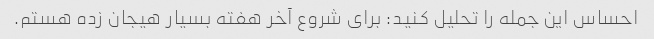
احساس این جمله را تحلیل کنید: برای شروع آخر هفته بسیار هیجان زده هستم.